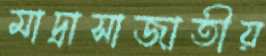
মাদ্রাসাজাতীয়